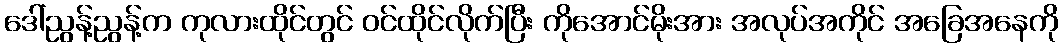
ဒေါ်ညွန့်ညွန့်က ကုလားထိုင်တွင် ဝင်ထိုင်လိုက်ပြီး ကိုအောင်မိုးအား အလုပ်အကိုင် အခြေအနေကို